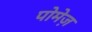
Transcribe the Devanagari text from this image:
पोमेज़